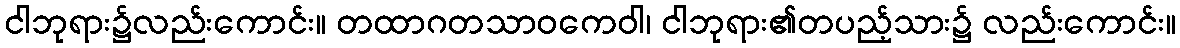
ငါဘုရား၌လည်းကောင်း။ တထာဂတသာဝကေဝါ၊ ငါဘုရား၏တပည့်သား၌ လည်းကောင်း။